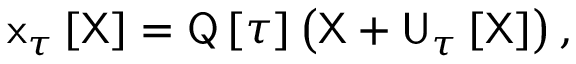
\mathsf { x } _ { \tau } \left[ \mathsf { X } \right] = \mathsf { Q } \left[ \tau \right] \left( \mathsf { X } + \mathsf { U } _ { \tau } \left[ \mathsf { X } \right] \right) ,